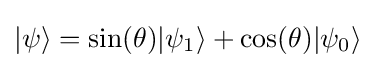
|\psi \rangle =\sin(\theta )|\psi _{1}\rangle +\cos(\theta )|\psi _{0}\rangle